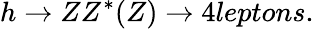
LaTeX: h\rightarrow ZZ^{*}(Z)\rightarrow 4leptons.